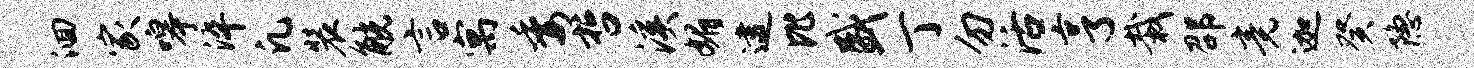
洄家嗥淬凡装觥言寓委哲溪媚逮比盛丁勿活亨栽邵竟迦癸隐